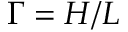
\Gamma = H / L